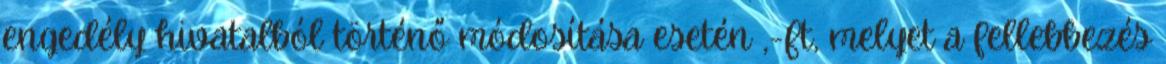
engedély hivatalból történő módosítása esetén ,-Ft, melyet a fellebbezés